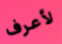
لأعرف